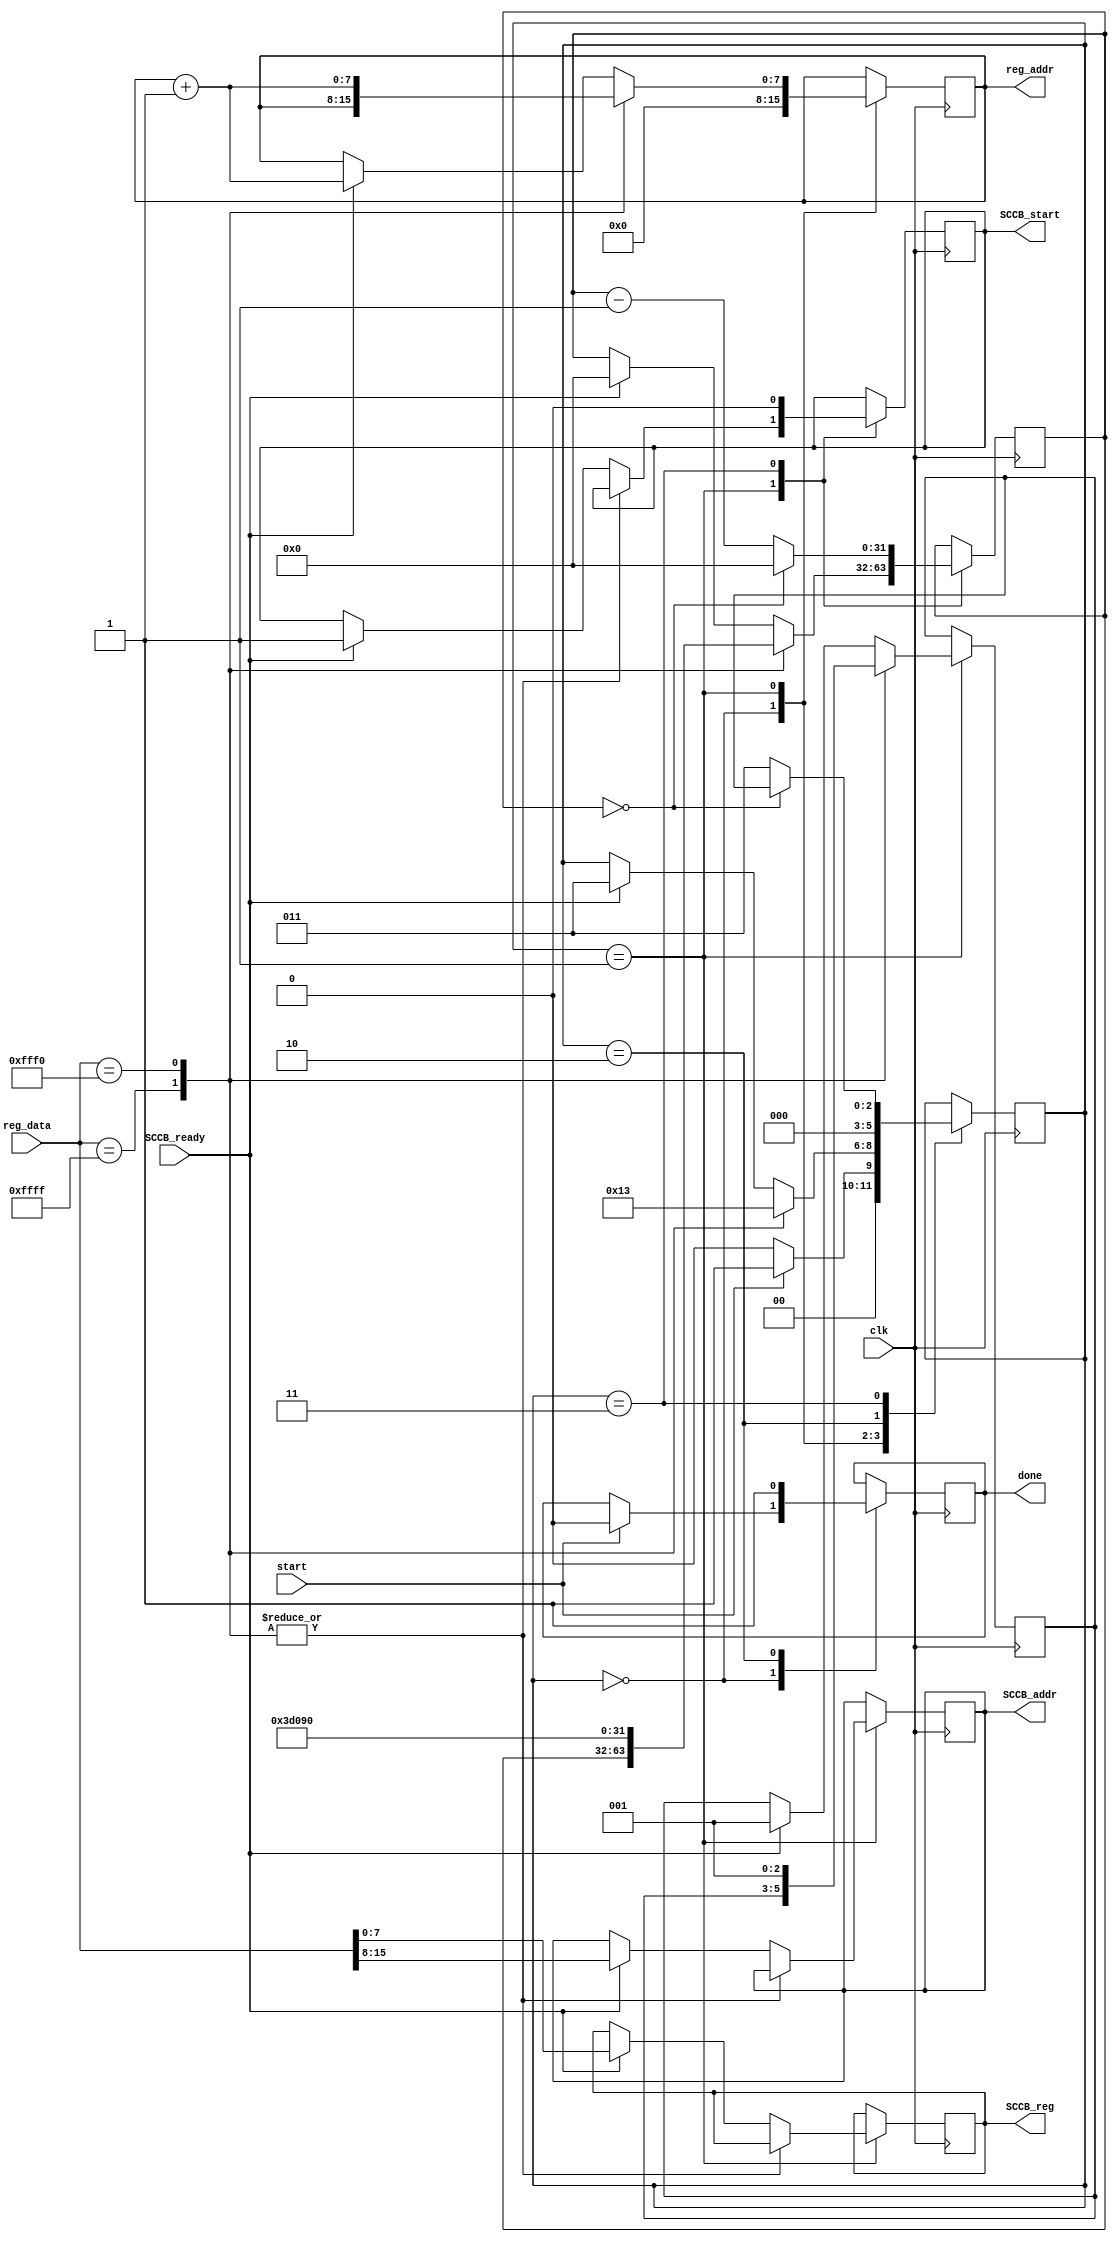
module camara_config
#(
    parameter clk_freq = 25000000
)
(
    input clk,
    input SCCB_ready,
    input [15:0] reg_data,
    input start,
    output reg [7:0] reg_addr, //Direccin
    output reg done,
    output reg [7:0] SCCB_addr,
    output reg [7:0] SCCB_reg,
    output reg SCCB_start
    );
	 
	 initial begin
        reg_addr = 0;
        done = 0;
        SCCB_addr = 0;
        SCCB_reg = 0;
        SCCB_start = 0;
    end
	 
	 parameter Inact = 0, Env_Comd = 1, Done = 2, Timer = 3; // Inactivo, Enviar comando
    
    reg [2:0] State = Inact;
    reg [2:0] Return_state;
    reg [31:0] cont = 0; // Contador
	 
	 always@(posedge clk) begin
    
        case(State)
            
            Inact: begin 
                State <= start ? Env_Comd : Inact;
                reg_addr <= 0;
                done <= start ? 0 : done;
            end
				
			 Env_Comd: begin 
                case(reg_data)
                    16'hFFFF: begin // Fin de los registros
                        State <= Done;
                    end
                    
                    16'hFFF0: begin // Estado de delay 
                        cont <= (clk_freq/100); //10 ms de delay
                        State <= Timer;
                        Return_state <= Env_Comd;
                        reg_addr <= reg_addr + 1;
                    end
						  
						  default: begin // Comandos de registro normales
                        if (SCCB_ready) begin
                            State <= Timer;
                            Return_state <= Env_Comd;
                            cont <= 0; 
                            reg_addr <= reg_addr + 1;
									 
									 SCCB_addr <= reg_data[15:8];
                            SCCB_reg <= reg_data[7:0];
                            SCCB_start <= 1;
                        end
                    end
                endcase
            end
				
				Done: begin  
                State <= Inact;
                done <= 1;
            end
                           
                
            Timer: begin //Cuenta regresiva y pasa al siguiente estado
                State <= (cont == 0) ? Return_state : Timer;
                cont <= (cont==0) ? 0 : cont - 1;
                SCCB_start <= 0;
            end
        endcase
    end


endmodule